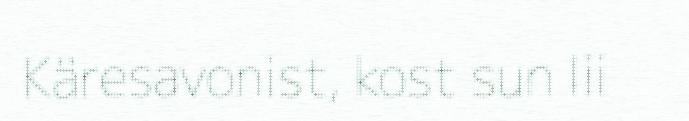
Käresavonist, kost sun lii